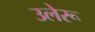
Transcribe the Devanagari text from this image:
उलेरू